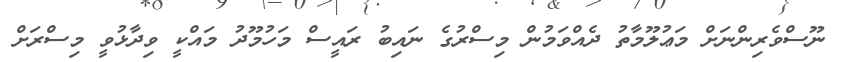
ނޫސްވެރިންނަށް މަޢުލޫމާތު ދެއްވަމުން މިސްރުގެ ނައިބު ރައީސް މަހުމޫދު މައްކީ ވިދާޅުވީ މިސްރަށް